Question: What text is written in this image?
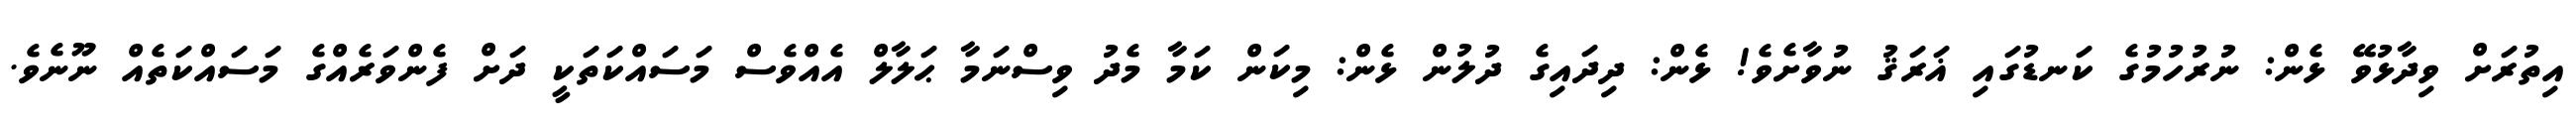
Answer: އިތުރަށް ވިދާޅުވޭ ޅެން: ނުރުހުމުގެ ކަނޑުގައި ޣަރަޤު ނުވާށެވެ! ޅެން: ދިދައިގެ ދުލުން ޅެން: މިކަން ކަމާ މެދު ވިސްނަމާ ޙަލާލް އެއްވެސް މަސައްކަތަކީ ދަށް ފެންވަރެއްގެ މަސައްކަތެއް ނޫނެވެ.